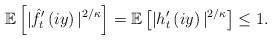
\begin{align*}\mathbb{E}\left[|\hat{f}_{t}'\left(iy\right)|^{2/\kappa} \right] = \mathbb{E}\left[|h_{t}'\left(iy\right)|^{2/\kappa} \right] \le 1.\end{align*}